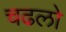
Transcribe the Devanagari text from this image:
चढलो